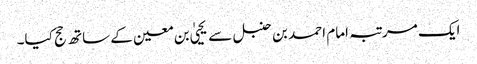
ایک مرتبہ امام احمد بن حنبل سے یحییٰ بن معین کے ساتھ حج کیا۔